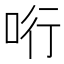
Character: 哘